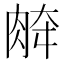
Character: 𰮞